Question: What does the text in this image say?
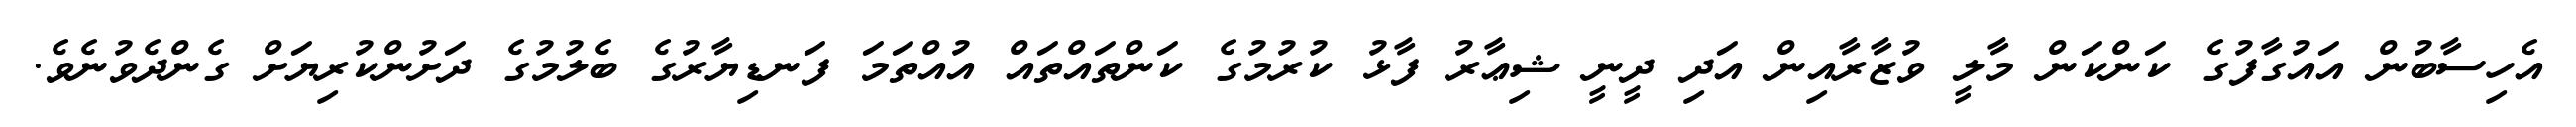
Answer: އެހިސާބުން އައުގާފުގެ ކަންކަން މާލީ ވުޒާރާއިން އަދި ދީނީ ޝިޢާރު ފާޅު ކުރުމުގެ ކަންތައްތައް އުއްތަމަ ފަނޑިޔާރުގެ ބެލުމުގެ ދަށުންކުރިޔަށް ގެންދެވުނެވެ.